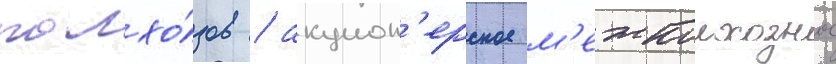
колхо́зов / акцион'ерское м'ежколхозное